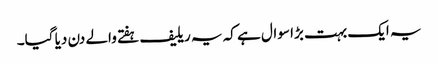
یہ ایک بہت بڑا سوال ہے کہ یہ ریلیف ہفتے والے دن دیا گیا۔